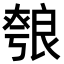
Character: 𦫐